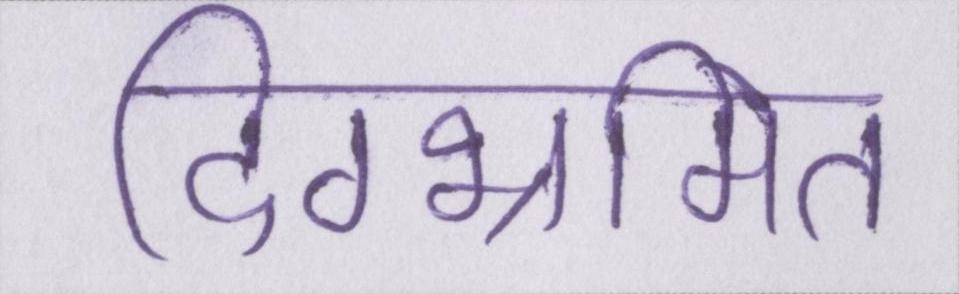
दिग्भ्रमित